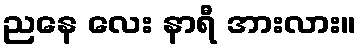
ညနေ လေး နာရီ အားလား။